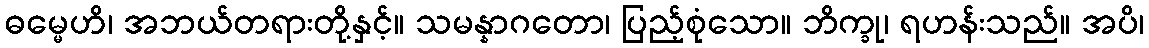
ဓမ္မေဟိ၊ အဘယ်တရားတို့နှင့်။ သမန္နာဂတော၊ ပြည့်စုံသော။ ဘိက္ခု၊ ရဟန်းသည်။ အပိ၊